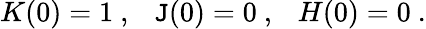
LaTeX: K(0)=1\ ,\ \ \ \mathtt{J}(0)=0\ ,\ \ \ H(0)=0\ .